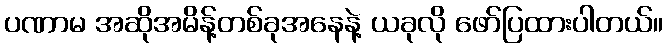
ပဏာမ အဆိုအမိန့်တစ်ခုအနေနဲ့ ယခုလို ဖော်ပြထားပါတယ်။